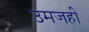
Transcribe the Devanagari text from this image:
उमजही